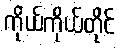
ကိုယ်ကိုယ်တိုင်